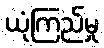
ယုံကြည်မှု